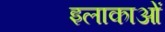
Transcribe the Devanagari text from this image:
इलाकाओं